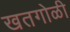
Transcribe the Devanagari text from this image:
खतगोळी